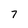
Character: 7